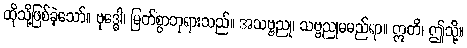
ထိုသို့ဖြစ်ခဲ့သော်။ ဗုဒ္ဓေါ၊ မြတ်စွာဘုရားသည်။ အသဗ္ဗညု၊ သဗ္ဗညုမမည်ရာ။ ဣတိ၊ ဤသို့။